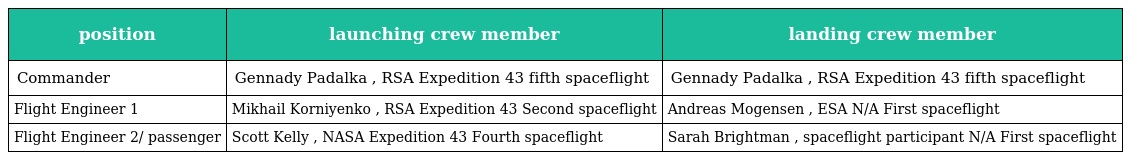
| position | launching crew member | landing crew member |
 | --- | --- | --- |
 | Commander | Gennady Padalka , RSA Expedition 43 fifth spaceflight | Gennady Padalka , RSA Expedition 43 fifth spaceflight |
 | Flight Engineer 1 | Mikhail Korniyenko , RSA Expedition 43 Second spaceflight | Andreas Mogensen , ESA N/A First spaceflight |
 | Flight Engineer 2/ passenger | Scott Kelly , NASA Expedition 43 Fourth spaceflight | Sarah Brightman , spaceflight participant N/A First spaceflight |